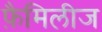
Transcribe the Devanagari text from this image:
फ़ैमिलीज